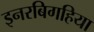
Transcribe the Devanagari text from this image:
इनरबिगहिया